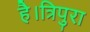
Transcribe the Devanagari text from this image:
है।त्रिपुरा